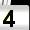
Digit: 4